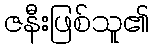
ဇနီးဖြစ်သူ၏